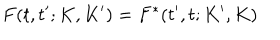
LaTeX: F ( t , t ^ { \prime } ; K , K ^ { \prime } ) = F ^ { \ast } ( t ^ { \prime } , t ; K ^ { \prime } , K )